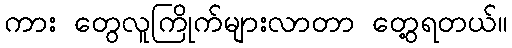
ကား တွေလူကြိုက်များလာတာ တွေ့ရတယ်။